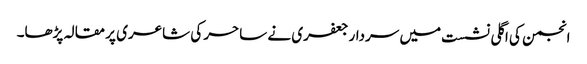
انجمن کی اگلی نشست میں سردار جعفری نے ساحر کی شاعری پر مقالہ پڑھا۔